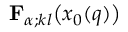
{ \mathbf { F } } _ { \alpha ; k l } \bigl ( x _ { 0 } ( q ) \bigr )